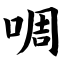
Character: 啁